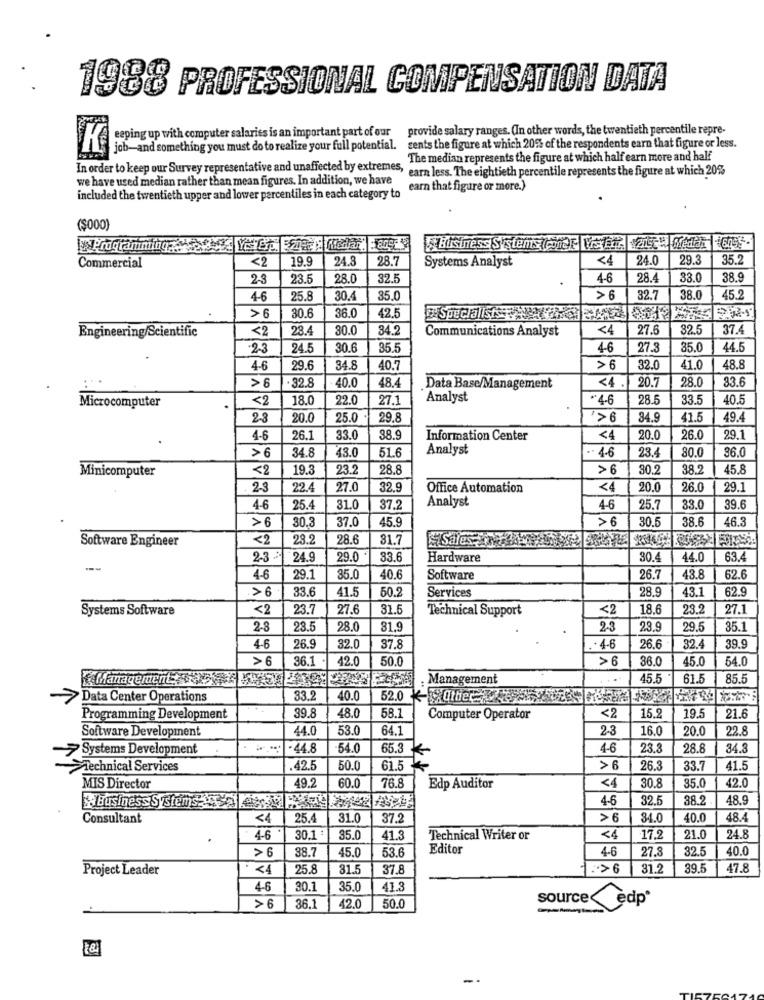
1988 PROFESSIONAL COMPENSATION DATA
eeping up with computer salaries is an important part of our provide salary ranges. (In other words, the twentieth percentile repre-
K
job-and something you must do to realize your full potential.
sents the figure at which 20% of the respondents earn that figure or less.
The median represents the figure at which half earn more and half
In order to keep our Survey representative and unaffected by extremes, earn less. The eightieth percentile represents the figure at which 20%
we have used median rather than mean figures. In addition, we have
earn that figure or more.)
included the twentieth upper and lower percentiles in each category to
($000)
Programming
Business Systems (enel Viso vac Medan 6055
<2
19.9
24.8
28.7
Systems Analyst
<4
24.0
29.3
35.
Commercial
2-3
23.5
28.0
32.5
4-6
28.4
33.0
38.9
4-6
25.8
30.4
35.0
32.
38.0
45.2
30.6
36.0
42.5
>6
Engineering/Scientific
<2
28.4
80.0
34.2
Communications Analyst
<4
27.6
32.5
37.4
.23
24.5
30.6
35.5
4-6
27.
35.0
44.5
4-6
29.6
34.8
40.7
32.0
41.0
48.8
32.9
40.0
48.4
<4
20.7
28.0
33.6
>6
Data Base/Management
Microcomputer
<2
18.0
22.0
27.1
Analyst
28.5
33.5
40.5
23
20.0
25.0
29.8
>6
34.9
41.5
49.4
4-6
26.1
33.0
98.9
Information Center
<4
20.0
26.0
29.1
>6
34.8
43.0
51.6
Analyst
.- 4.6
23.
80.0
36.0
Minicomputer
<2
19.3
23.2
28.8
A
30.2
38.5
45.8
2-3
22.4
27.0
32.9
Office Automation
<4
20.0
26.0
29.1
Analyst
4-6
25.4
31.0
37.2
4-6
25.7
33.0
39.6
>6
30.
37.0
45.9
>6
30.5
38.6
46.5
Software Engineer
<2
28.2
28.6
31.7
Sales;J
23 :
24.9
29.0
33.6
Hardware
30.4
44.0
63.4
--
4-6
29.1
35.0
40.6
Software
26.7
43.8
62.6
.>6
33.6
41.5
50.
28.9
43.1
62.9
Services
Systems Software
<2
23.7
27.6
31.5
Technical Support
<2
18.6
23.
27.1
2-8
23.5
28.0
31.9
2-3
23.9
29.5
35.1
4-6
26.9
32.0
37.
. . 4-6
26.6
32.4
39.
>6
36.1
42.0
50.0
> 6
36.0
45.
54.0
Management.
Management
45.5 -
61.5
85.
>Data Center Operations
33.2
40.0
52.0 K-Other 8 3
39.8
Programming Development
48.0
58.1
Computer Operator
<2
15.2
19.5
21.
Software Development
44.0
53.0
64.1
23
16.0
20.0
22.8
>Systems Development
...
44.8
-54.0
65.3
4-6
23.3
28.8
34.
Technical Services
.42.5
50.0
61.5
>6
26.
33.7
41.5
49.2
30.8
42.0
MIS Director
60.0
76.8
Edp Auditor
<4
35.
4-6
32.5
38.2
48.9
Business Systems: le HA
Consultant
<4
25.4
31.0
37.2
>6
34.0
40.0
48.4
24.8
4-6
30.1 :
35.0
41.
Technical Writer or
<4
17.9
21.0
> 6
38.7
45.0
53.6
Editor
4-6
27.8
32.5
40.0
Project Leader
25.8
31.5
37.8
>6
31.
47.8
4-6
30.1
35.0
41.3
>6
36.1
42.0
50.0
--
Source Cedp